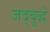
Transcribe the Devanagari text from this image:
जद्बुद्धे